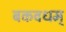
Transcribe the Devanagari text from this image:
बकवधम्